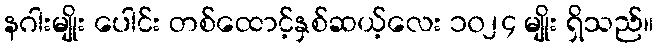
နဂါးမျိုး ပေါင်း တစ်ထောင့်နှစ်ဆယ့်လေး ၁၀၂၄ မျိုး ရှိသည်။